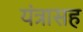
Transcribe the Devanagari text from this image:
यंत्रासह